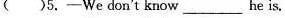
( )5.-We don't know___ he is.